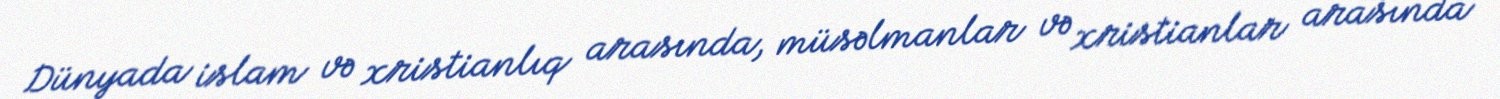
Dünyada islam və xristianlıq arasında, müsəlmanlar və xristianlar arasında